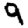
Digit: 9